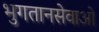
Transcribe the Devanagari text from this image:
भुगतानसेवाओं